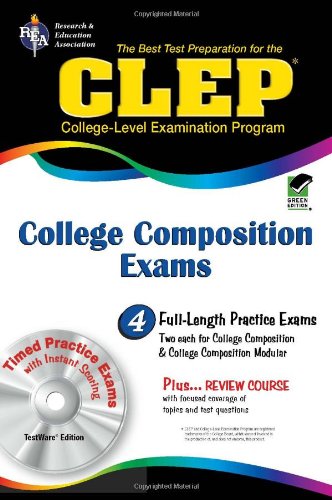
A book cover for CLEP College Composition & College Composition Modular w/CD-ROM (CLEP Test Preparation); Rachelle Smith; Test Preparation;